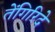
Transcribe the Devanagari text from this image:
तेंगिरिदे